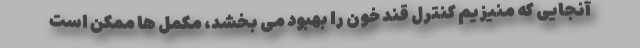
آنجایی که منیزیم کنترل قند خون را بهبود می بخشد، مکمل ها ممکن است